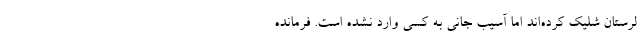
لرستان شلیک کرده‌اند اما آسیب جانی به کسی وارد نشده است. فرمانده